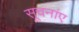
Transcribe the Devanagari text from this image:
सूचनांए